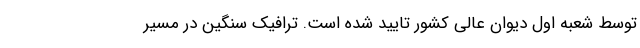
توسط شعبه اول دیوان عالی کشور تایید شده است. ترافیک سنگین در مسیر